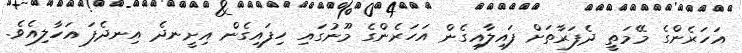
އަހަރެންގެ މޭމަތީ ދެފަރާތަށް ފައިލާއިގެން އަހަރެންގެ މޫނުގައި ހިފައިގެން އިށީނދެ އިނދެފަ އަހާލިއެވެ.